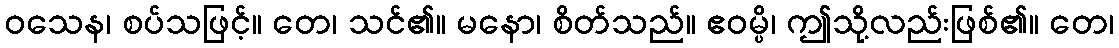
ဝသေန၊ စပ်သဖြင့်။ တေ၊ သင်၏။ မနော၊ စိတ်သည်။ ဧဝမ္ပိ၊ ဤသို့လည်းဖြစ်၏။ တေ၊